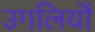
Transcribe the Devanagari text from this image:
उगलियॊं